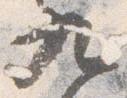
九